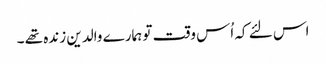
اس لئے کہ اُس وقت تو ہمارے والدین زندہ تھے ۔